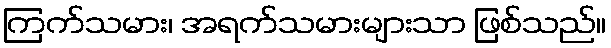
ကြက်သမား၊ အရက်သမားများသာ ဖြစ်သည်။